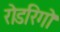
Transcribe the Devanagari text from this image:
रोडरिगो